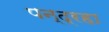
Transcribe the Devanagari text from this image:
पन्द्रहा